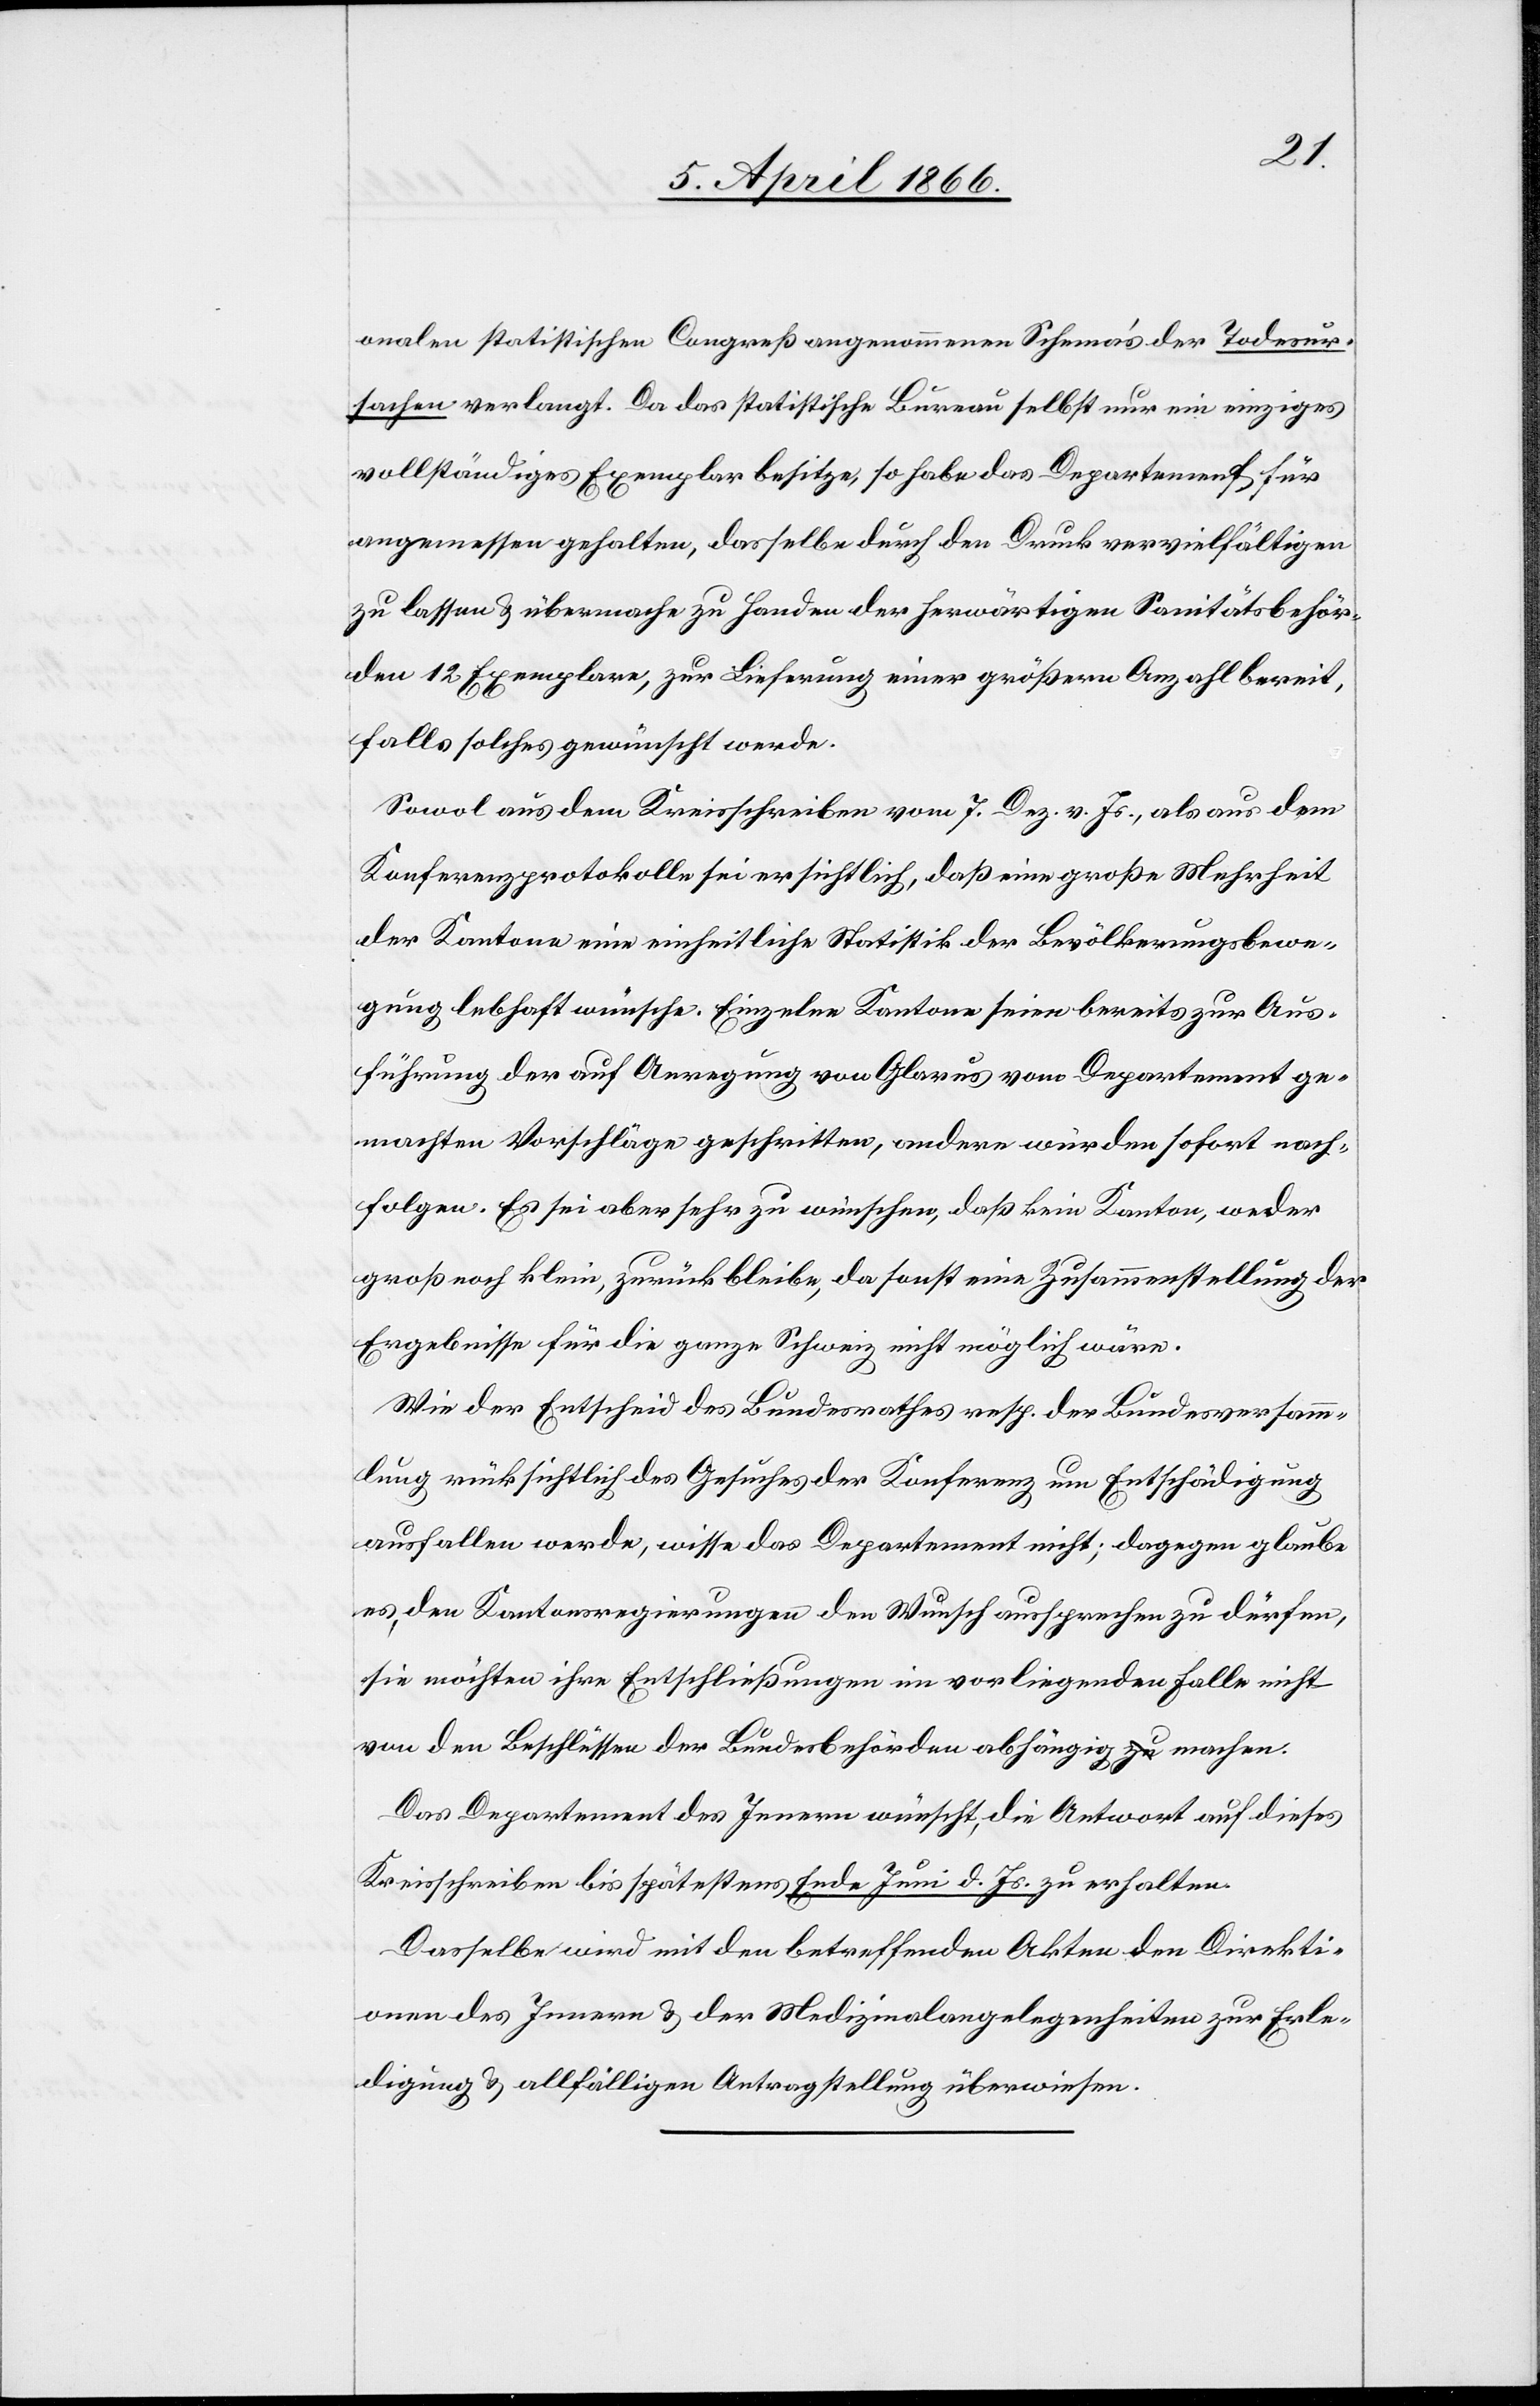
onalen statistischen Congreß angenommenen Schemas der Todesur¬
sachen verlangt. Da das statistische Bureau selbst nur ein einziges
vollständiges Exemplar besitze, so habe das Departement für
angemessen gehalten, dasselbe durch den Druck vervielfältigen
zu lassen u. übermacht zu Handen der herwärtigen Sanitätsbehör¬
den 12 Exemplare, zur Lieferung einer größern Anzahl bereit,
falls solches gewünscht werde.
Sowol aus dem Kreisschreiben vom 7. Dez. v. Js., als aus dem
Konferenzprotokolle sei ersichtlich, daß eine große Mehrheit
der Kantone eine einheitliche Statistik der Bevölkerungsbewe¬
gung lebhaft wünsche. Einzelne Kantone seien bereits zur Aus¬
führung der auf Anregung von Glarus vom Departement ge¬
machten Vorschläge geschritten, andere würden sofort nach¬
folgen. Es sei aber sehr zu wünschen, daß kein Kanton, weder
groß noch klein, zurückbleibe, da sonst eine Zusammenstellung der
Ergebnisse für die ganze Schweiz nicht möglich wäre.
Wie der Entscheid des Bundesrathes resp. der Bundeversamm¬
lung rücksichtlich des Gesuches der Konferenz um Entschädigung
ausfallen werde, wisse das Departement nicht; dagegen glaube
es, den Kantonsregierungen den Wunsch aussprechen zu dürfen,
sie möchten ihre Entschließungen im vorliegenden Falle nicht
von den Beschlüssen der Bundesbehörden abhängig machen.
Das Departement des Innern wünscht, die Antwort auf dieses
Kreisschreiben bis spätestens Ende Juni d. Js zu erhalten.
Dasselbe wird mit den betreffenden Akten den Direkti¬
onen des Innern u. der Medizinalangelegenheiten zur Erle¬
digung u. allfälligen Antragstellung überwiesen.